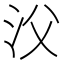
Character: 㳇